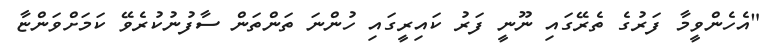
"އެހެންވީމާ ފަރުގެ ތެރޭގައި ނޫނީ ފަރު ކައިރީގައި ހުންނަ ތަންތަން ސާފުނުކުރެވޭ ކަމަށްވަންޏާ